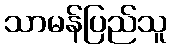
သာမန်ပြည်သူ